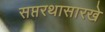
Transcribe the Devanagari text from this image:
सप्तरथासारखे